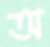
অ